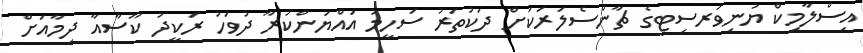
އިސްލާމިކް ޔުނިވަރސިޓީގެ ޗާންސެލަރަކަށް ދަކުތަރު ސަހީމު އައްޔަންކުރާ ދުވަހު ރަކީދު ކޫސާއާ ދިމާއަށް